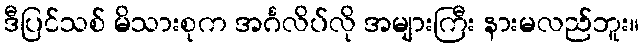
ဒီပြင်သစ် မိသားစုက အင်္ဂလိပ်လို အများကြီး နားမလည်ဘူး။